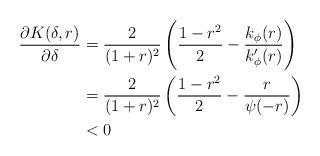
LaTeX: \begin{align*}\frac{\partial K( \delta,r)}{\partial \delta } &= \frac{2}{(1+r)^2} \left( \frac{1-r^2}{2} -\frac{k_{\phi}(r)}{k'_{\phi}(r)} \right)\\&= \frac{2}{(1+r)^2} \left( \frac{1-r^2}{2} -\frac{r}{\psi(-r)} \right)\\&<0\end{align*}